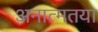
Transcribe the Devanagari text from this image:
अनात्मतया